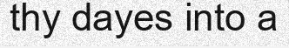
thy dayes into a